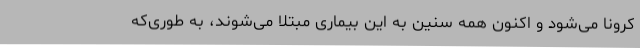
کرونا می‌شود و اکنون همه سنین به این بیماری مبتلا می‌شوند، به ‌طوری‌که